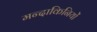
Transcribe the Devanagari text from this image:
मन्दाकिनियों